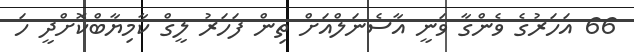
66 އަހަރުގެ ވެންގާ ވަނީ އާސެނަލްއަށް ތިން ފަހަރު ލީގް ކާމިޔާބްކޮށްދީ ހަ